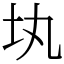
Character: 𡉕